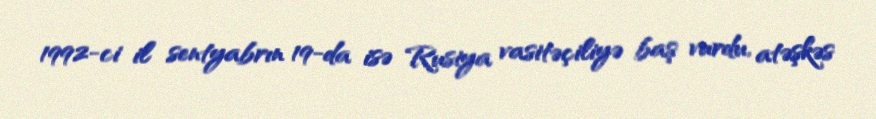
1992-ci il sentyabrın 19-da isə Rusiya vasitəçiliyə baş vurdu, atəşkəs